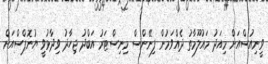
ވީނިއުސްއަށް މިއަދު މައުލޫމާތު ދެއްވަމުން ފިނޭންސް މިނިސްޓަރު އަބްދު ޖިހާދު ވިދާޅުވީ ޔުނޮޕްސްއަށް